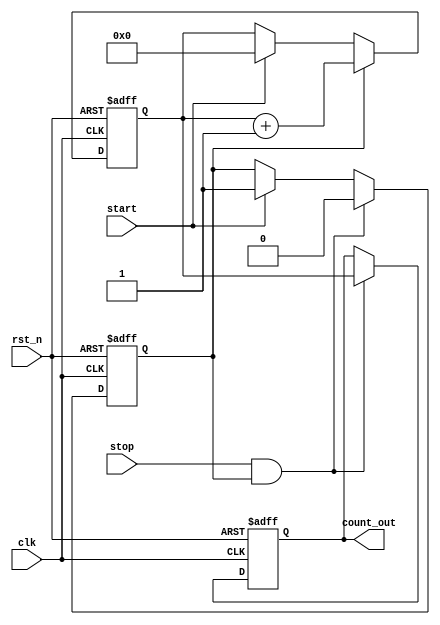
module TDC (
    input wire clk,             // Clock signal
    input wire rst_n,           // Active low reset signal
    input wire start,           // Start signal
    input wire stop,            // Stop signal
    output reg [15:0] count_out  // Output count value (16-bit)
);

    // Parameters
    parameter NUM_DELAY_ELEMENTS = 16; // Number of delay elements
    parameter DELAY_CYCLES = 16;        // Number of clock cycles to measure

    // Internal signals
    reg [15:0] counter;                // 16-bit counter
    reg measuring;                     // Measuring state flag
    reg [NUM_DELAY_ELEMENTS-1:0] delay_line; // Delay line (shift register)

    // Control logic
    always @(posedge clk or negedge rst_n) begin
        if (!rst_n) begin
            counter <= 16'b0;
            count_out <= 16'b0;
            measuring <= 1'b0;
            delay_line <= {NUM_DELAY_ELEMENTS{1'b0}};
        end else begin
            // Start measurement
            if (start) begin
                counter <= 16'b0;          // Reset counter
                measuring <= 1'b1;         // Set measuring flag
                delay_line <= {NUM_DELAY_ELEMENTS{1'b0}}; // Clear delay line
            end
            
            // Stop measurement
            if (stop && measuring) begin
                count_out <= counter;      // Store the count value
                measuring <= 1'b0;         // Clear measuring flag
            end
            
            // Counting logic
            if (measuring) begin
                counter <= counter + 1'b1; // Increment counter
                // Shift the delay line
                delay_line <= {delay_line[NUM_DELAY_ELEMENTS-2:0], 1'b1};
            end
        end
    end

endmodule